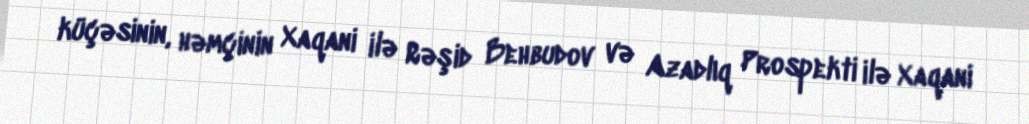
küçəsinin, həmçinin Xaqani ilə Rəşid Behbudov və Azadlıq Prospekti ilə Xaqani